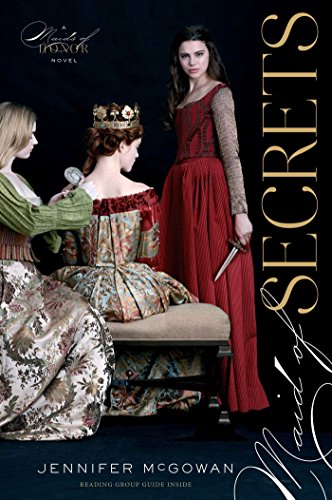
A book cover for Maid of Secrets (Maids of Honor); Jennifer McGowan; Teen & Young Adult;